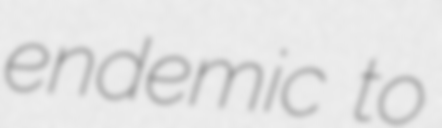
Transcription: endemic to